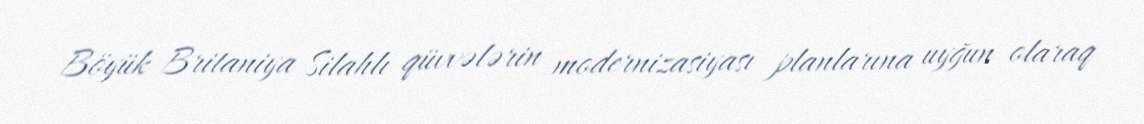
Böyük Britaniya Silahlı qüvvələrin modernizasiyası planlarına uyğun olaraq